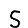
Digit: 5